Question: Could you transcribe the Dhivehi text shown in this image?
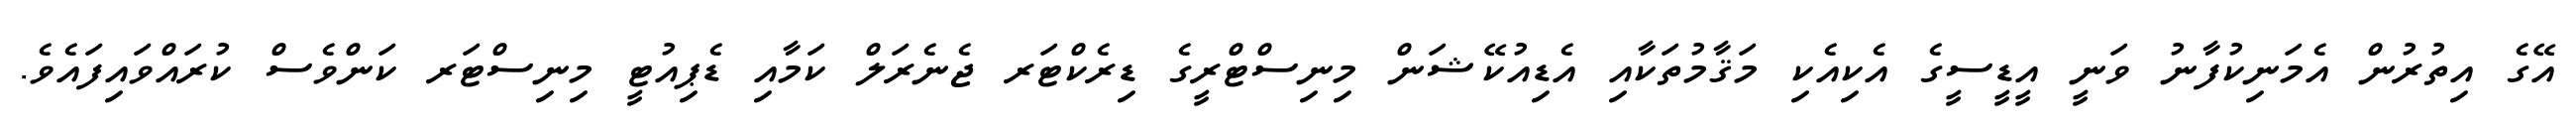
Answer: އޭގެ އިތުރުން އެމަނިކުފާނު ވަނީ އީޑީސީގެ އެކިއެކި މަޤާމުތަކާއި އެޑިއުކޭޝަން މިނިސްޓްރީގެ ޑިރެކްޓަރ ޖެނެރަލް ކަމާއި ޑެޕިއުޓީ މިނިސްޓަރ ކަންވެސް ކުރައްވައިފައެވެ.